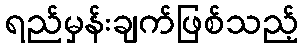
ရည်မှန်းချက်ဖြစ်သည့်